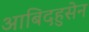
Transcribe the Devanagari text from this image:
आबिदहुसेन